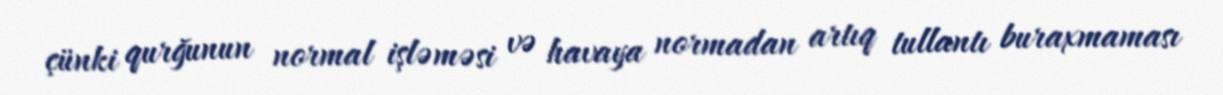
çünki qurğunun normal işləməsi və havaya normadan artıq tullantı buraxmaması